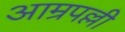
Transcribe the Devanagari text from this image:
आम्रपल्ली